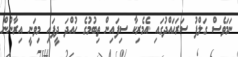
ނަމަވެސް ގަލްފު ސަރަހައްދުގައި އެމެރިކާ ސިފައިން ތިބުމުގެ ހުއްދަ ދީފައި މިވަނީ އިރާނުން